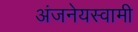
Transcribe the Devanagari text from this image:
अंजनेयस्‍वामी